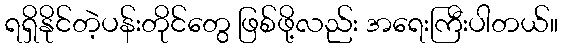
ရရှိနိုင်တဲ့ပန်းတိုင်တွေ ဖြစ်ဖို့လည်း အရေးကြီးပါတယ်။